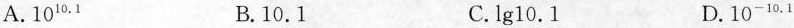
A. 10^{10.1} B. 10.1 C. \lg10.1 D. 10^{-10.1}